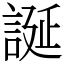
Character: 誕